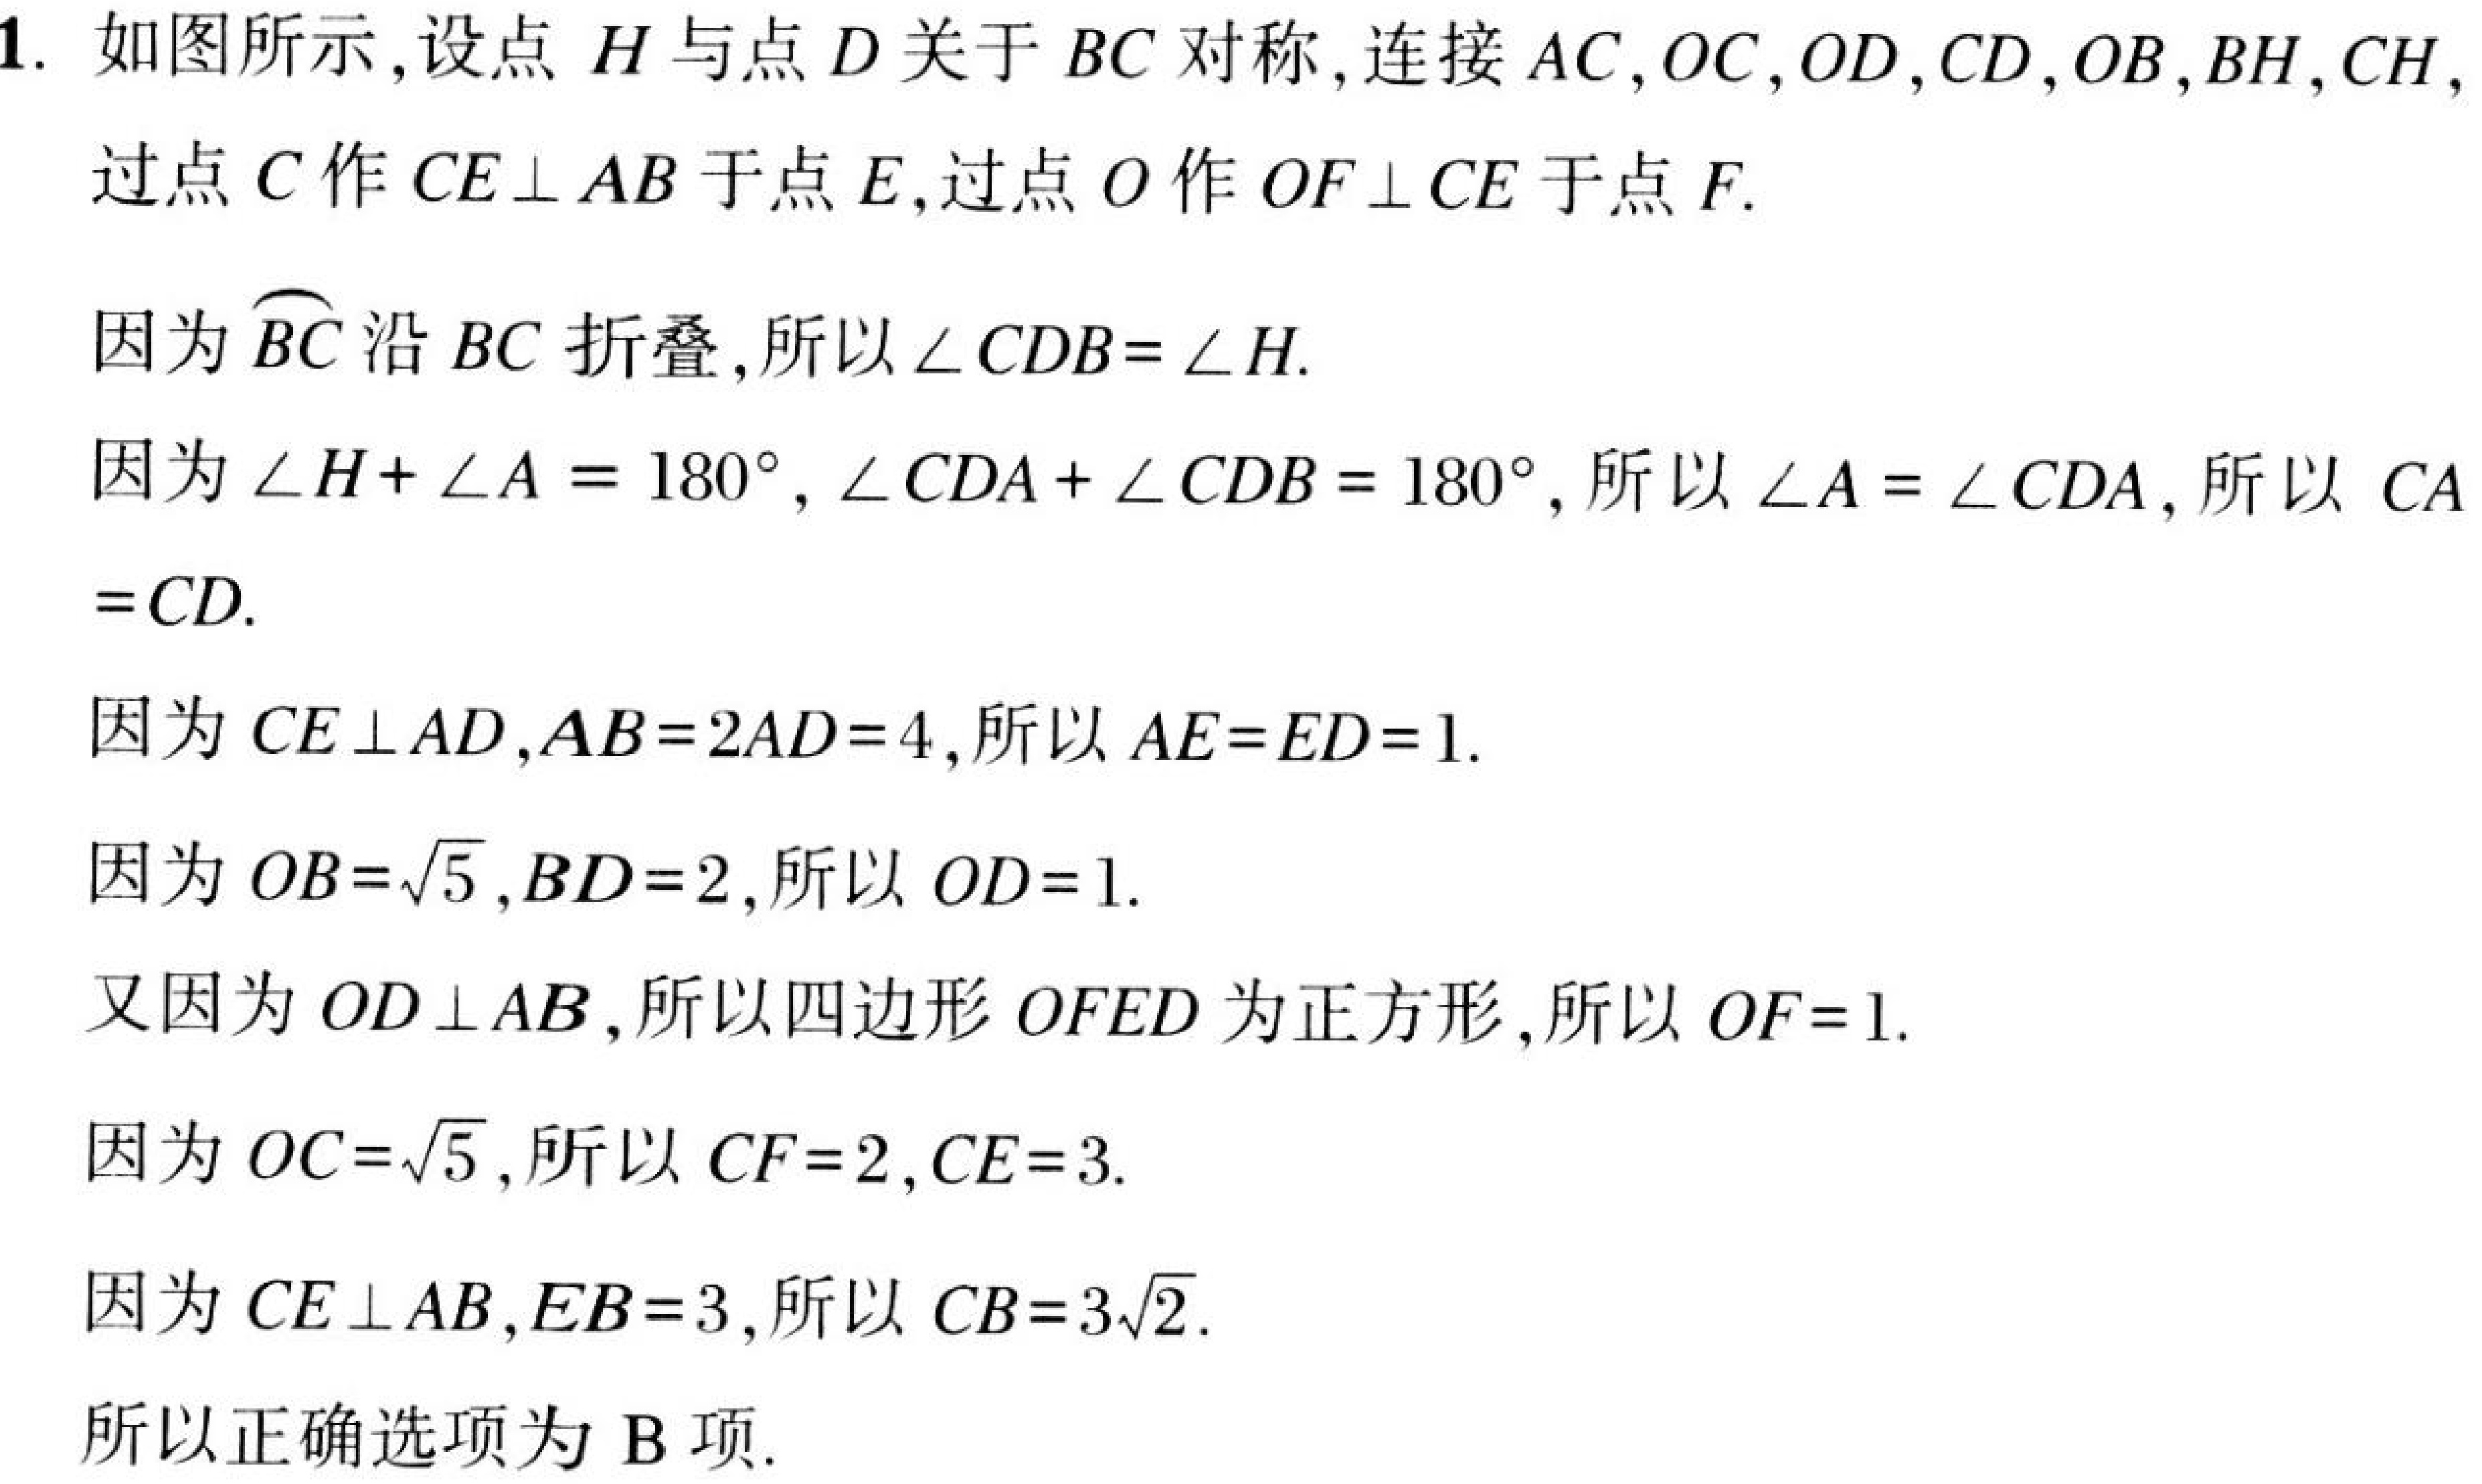
1. 如图所示,设点\(H\)与点\(D\)关于\(BC\)对称,连接\(AC,OC,OD,CD,OB,BH,CH\),过点\(C\)作\(CE\perp AB\)于点\(E\),过点\(O\)作\(OF\perp CE\)于点\(F\).
因为\(\overset{\frown}{BC}\)沿\(BC\)折叠,所以\(\angle CDB = \angle H\).
因为\(\angle H+\angle A = 180^{\circ},\angle CDA+\angle CDB = 180^{\circ}\),所以\(\angle A=\angle CDA\),所以 \(CA = CD\).
因为\(CE\perp AD,AB = 2AD = 4\),所以\(AE = ED = 1\).
因为\(OB=\sqrt{5},BD = 2\),所以\(OD = 1\).
又因为\(OD\perp AB\),所以四边形\(OFED\)为正方形,所以\(OF = 1\).
因为\(OC=\sqrt{5}\),所以\(CF = 2,CE = 3\).
因为\(CE\perp AB,EB = 3\),所以\(CB = 3\sqrt{2}\).
所以正确选项为\(B\)项.